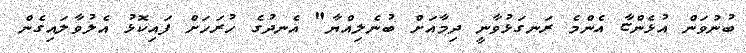
ބުނުވަން އުޅެންޏާ އެންމެ ރަނގަޅުވާނީ ދިމާއަށް ބުނެލިއްޔާ" އެނދުގެ ހުރަހަށް ފައިކޮޅު އެލުވާލައިގެން